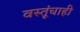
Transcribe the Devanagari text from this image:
वस्तूंचाही